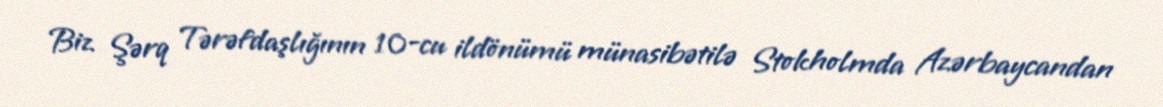
Biz Şərq Tərəfdaşlığının 10-cu ildönümü münasibətilə Stokholmda Azərbaycandan